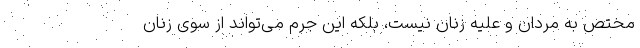
مختص به مردان و علیه زنان نیست، بلکه این جرم می‌تواند از سوی زنان